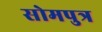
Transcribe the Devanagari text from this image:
सोमपुत्र